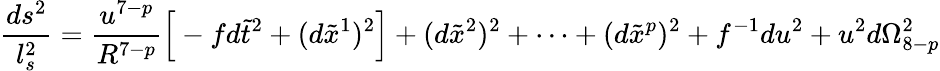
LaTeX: \frac{ds^{2}}{l_{s}^{2}}=\frac{u^{7-p}}{R^{7-p}}\Big[-fd\tilde{t}^{2}+(d\tilde{x}^{1})^{2}\Big]+(d\tilde{x}^{2})^{2}+\cdots+(d\tilde{x}^{p})^{2}+f^{-1}du^{2}+u^{2}d\Omega_{8-p}^{2}